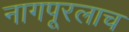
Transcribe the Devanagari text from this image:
नागपूरलाच